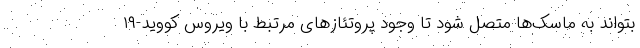
بتواند به ماسک‌ها متصل شود تا وجود پروتئازهای مرتبط با ویروس کووید-۱۹